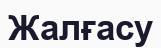
Жалғасу